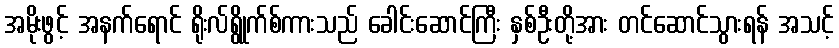
အမိုးဖွင့် အနက်ရောင် ရိုးလ်ရွိုက်စ်ကားသည် ခေါင်းဆောင်ကြီး နှစ်ဦးတို့အား တင်ဆောင်သွားရန် အသင့်